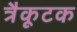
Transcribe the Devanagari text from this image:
त्रैकूटक